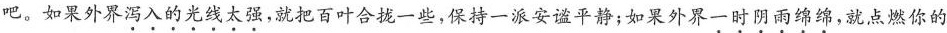
吧。如果外界泻入的光线太强，就把百叶合拢一些，保持一派安谧平静；如果外界一时阴雨绵绵，就点燃你的